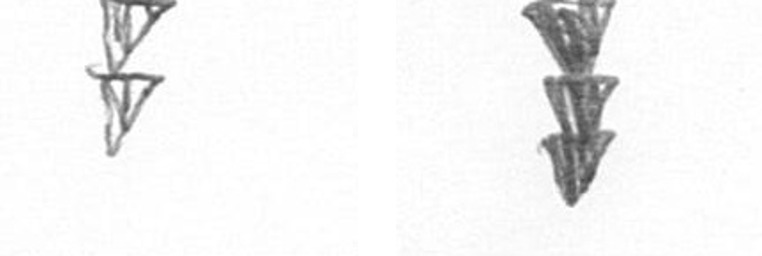
Z E